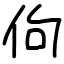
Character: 佝